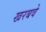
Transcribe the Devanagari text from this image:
खरबवे